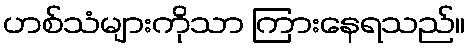
ဟစ်သံများကိုသာ ကြားနေရသည်။